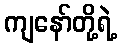
ကျနော်တို့ရဲ့